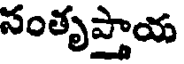
సంతృప్తాయ